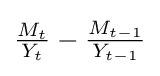
{\textstyle {\frac {M_{t}}{Y_{t}}}-{\frac {M_{t-1}}{Y_{t-1}}}}